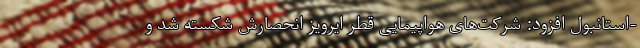
-استانبول افزود: شرکت‌های هواپیمایی قطر ایرویز انحصارش شکسته شد و